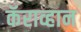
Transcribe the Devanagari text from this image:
कॅराव्हान